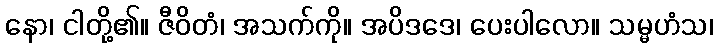
နော၊ ငါတို့၏။ ဇီဝိတံ၊ အသက်ကို။ အပိဒဒေ၊ ပေးပါလော။ သမ္မဟံသ၊